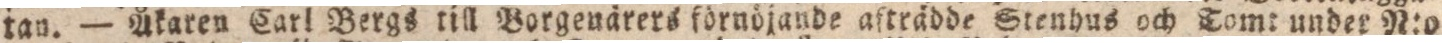
tan. — Åkaren Carl Bergs till Borgenärers förnöjande afträdde Stenhus och Tomt under N:o